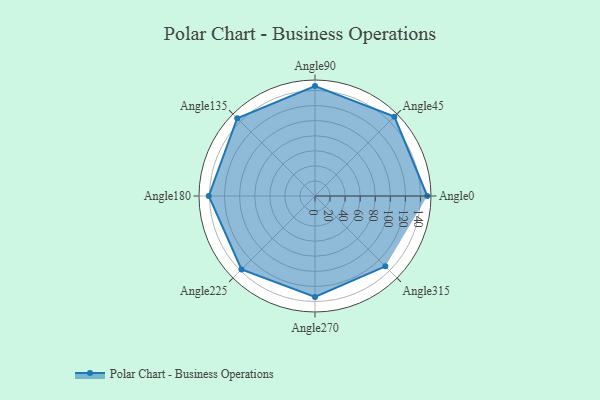
{"axis": {"x": "Angle", "y": "Radius"}, "legend": [""], "data": [{"x": "Angle0", "y": 149.0, "type": ""}, {"x": "Angle45", "y": 149.0, "type": ""}, {"x": "Angle90", "y": 146.0, "type": ""}, {"x": "Angle135", "y": 146.0, "type": ""}, {"x": "Angle180", "y": 141.0, "type": ""}, {"x": "Angle225", "y": 138.0, "type": ""}, {"x": "Angle270", "y": 134.0, "type": ""}, {"x": "Angle315", "y": 132.0, "type": ""}]}